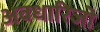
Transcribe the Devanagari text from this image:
अवधारिजो